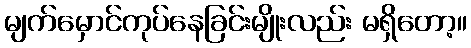
မျက်မှောင်ကုပ်နေခြင်းမျိုးလည်း မရှိတော့။